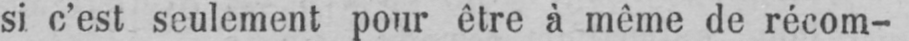
si c’est seulement pour être à même de récom-